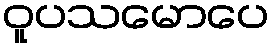
ဝူပသမောပေ